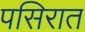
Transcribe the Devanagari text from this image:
पसिरात